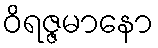
ဝိရဇ္ဇမာနော